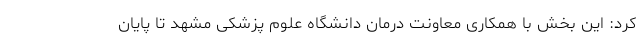
کرد: این بخش با همکاری معاونت درمان دانشگاه علوم پزشکی مشهد تا پایان